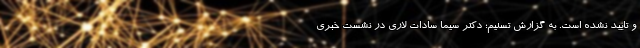
و تایید نشده است. به گزارش تسنیم؛ دکتر سیما سادات لاری در نشست خبری